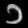
Digit: ၁